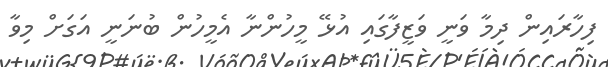
ފިހާރައިން ދިމާ ވަނީ ވަޒީފާގައި އުޅޭ މީހުންނާ އެމީހުން ބުނަނީ އަގަށް މިވާ